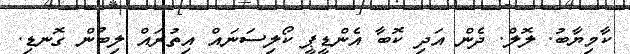
ކާމިޔާބު. ލޮލް. ދެން އަދި ކޮބާ އެންޑީޕީ ކޯލިސަނައް އިތުރައް ލިބުން ގޮނޑި.